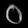
Digit: ၀